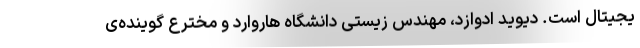
یجیتال است. دیوید ادوازد، مهندس زیستی دانشگاه هاروارد و مخترع گوینده‌ی